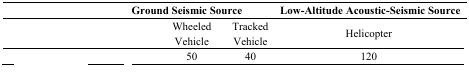
<table><thead><tr><td>[EMPTY_CELL]</td><td colspan="3"><b>Ground Seismic Source</b></td><td><b>Low-Altitude Acoustic-Seismic Source</b></td></tr></thead><tbody><tr><td>[EMPTY_CELL]</td><td>[EMPTY_CELL]</td><td>Wheeled Vehicle</td><td>Tracked Vehicle</td><td>Helicopter</td></tr><tr><td>[EMPTY_CELL]</td><td>[EMPTY_CELL]</td><td>50</td><td>40</td><td>120</td></tr></tbody></table>